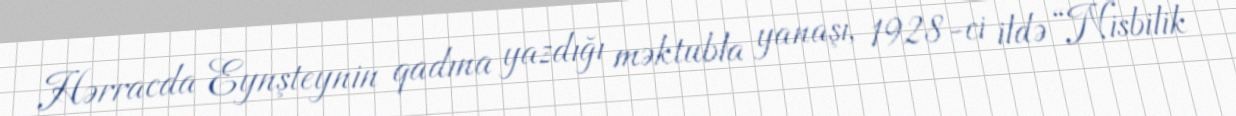
Hərracda Eynşteynin qadına yazdığı məktubla yanaşı, 1928-ci ildə “Nisbilik